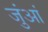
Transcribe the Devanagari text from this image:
जुंआं